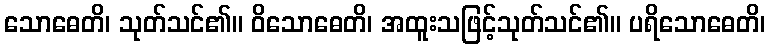
သောဓေတိ၊ သုတ်သင်၏။ ဝိသောဓေတိ၊ အထူးသဖြင့်သုတ်သင်၏။ ပရိသောဓေတိ၊